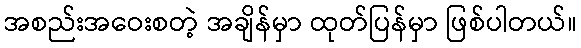
အစည်းအဝေးစတဲ့ အချိန်မှာ ထုတ်ပြန်မှာ ဖြစ်ပါတယ်။